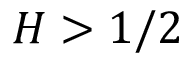
H > 1 / 2